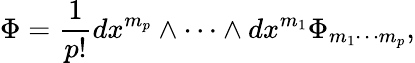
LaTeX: \Phi=\frac{1}{p!}dx^{m_{p}}\wedge\cdots\wedge dx^{m_{1}}\Phi_{m_{1}\cdots m_{p}},